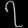
Digit: ၇